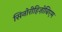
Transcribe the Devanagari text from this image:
सिनोरीहिज़ोबिएम